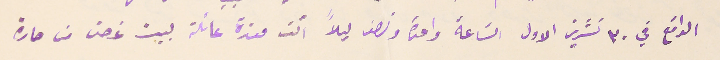
الواقع في ٣٠ تشرين الاول السَاعة واحدة ونصف ليلاً اتت معزة عائلة بيت غصن من حارة